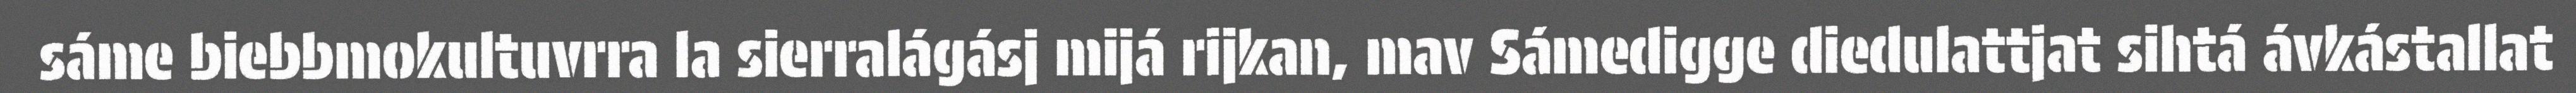
sáme biebbmokultuvrra la sierralágásj mijá rijkan, mav Sámedigge diedulattjat sihtá ávkástallat